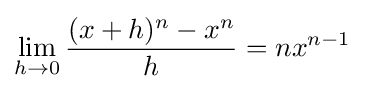
\lim _{h\to 0}{\frac {(x+h)^{n}-x^{n}}{h}}=nx^{n-1}